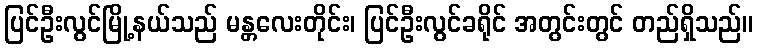
ပြင်ဦးလွင်မြို့နယ်သည် မန္တလေးတိုင်း၊ ပြင်ဦးလွင်ခရိုင် အတွင်းတွင် တည်ရှိသည်။